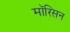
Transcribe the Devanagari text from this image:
मॉरिसन